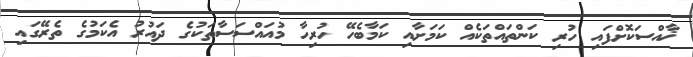
ޚާއްސަކޮށްފައި ހުރި ކަންތައްތަކެއް ކަމަށާއި ކަމާބެހޭ ހުރިހާ މުއައްސަސާތަކުގެ ދައުރު އެކަމުގެ ތެރޭގައި